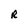
Character: R